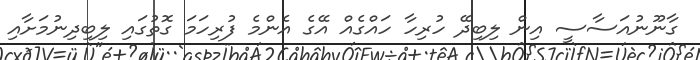
ގާނޫނުއަސާސީ އިން ލިބިދޭ ހުރިހާ ހައްގެއް އޭގެ އެންމެ ފުރިހަމަ ގޮތުގައި ލިބިދިނުމަށާއި